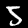
Digit: 5